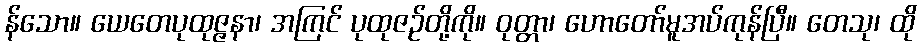
န်သော။ ယေတေပုထုဇ္ဇနာ၊ အကြင် ပုထုဇဉ်တို့ကို။ ဝုတ္တာ၊ ဟောတော်မူအပ်ကုန်ပြီ။ တေသု၊ ထို